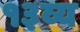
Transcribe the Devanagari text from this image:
१३व्य